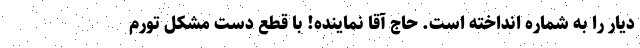
دیار را به شماره انداخته است. حاج آقا نماینده! با قطع دست مشکل تورم